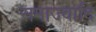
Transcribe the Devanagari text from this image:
समाज्वादि